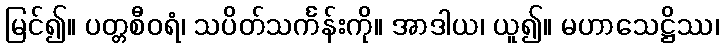
မြင်၍။ ပတ္တစီဝရံ၊ သပိတ်သင်္ကန်းကို။ အာဒါယ၊ ယူ၍။ မဟာသေဋ္ဌိဿ၊